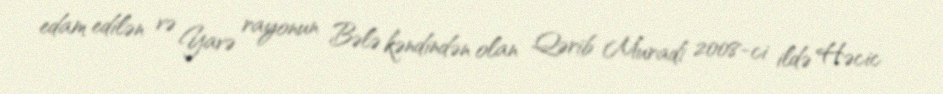
edam edilən və Yavə rayonun Bələ kəndindən olan Qərib Muradi 2008-ci ildə Həcic